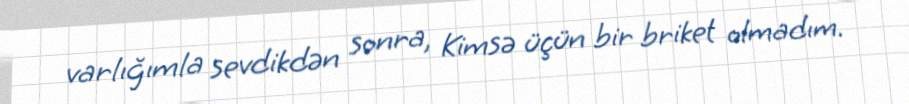
varlığımla sevdikdən sonra, Kimsə üçün bir briket olmadım.